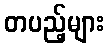
တပည့်များ